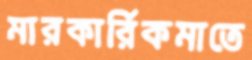
মারকার্রিকমাতে